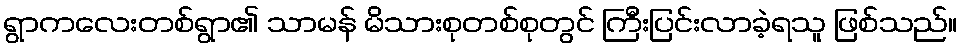
ရွာကလေးတစ်ရွာ၏ သာမန် မိသားစုတစ်စုတွင် ကြီးပြင်းလာခဲ့ရသူ ဖြစ်သည်။